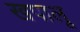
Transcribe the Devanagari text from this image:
खपालू